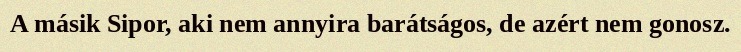
A másik Sipor, aki nem annyira barátságos, de azért nem gonosz.